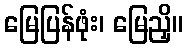
မြေပြန်ဖုံး၊ မြေညှိ။